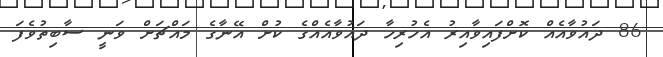
86 ދައުވާއެއް ކޮށްފައިވާއިރު އެހުރިހާ ދައުވާއެއްގެ ކުށް އޭނާގެ މައްޗަށް ވަނީ ސާބިތުވެފަ